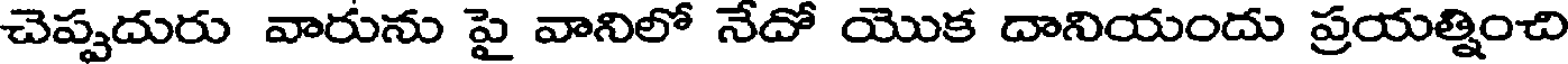
చెప్పదురు వారును పై వానిలో నేదో యొక దానియందు ప్రయత్నించి